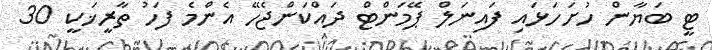
ޓީ ބަޔާން ހުށަހަޅައި ފައިނަލް ޕޭމަންޓް ދައްކަންޖެހޭ އެންމެ ފަހު ތާރީޚަކީ 30